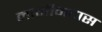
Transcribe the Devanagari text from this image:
नागीनदास